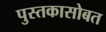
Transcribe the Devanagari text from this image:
पुस्तकासोबत